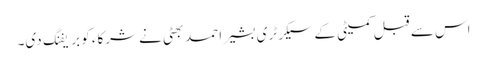
اس سے قبل کمیٹی کے سیکرٹری بشیر احمد بھٹی نے شرکاء کو بریفنگ دی۔